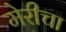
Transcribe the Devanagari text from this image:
मेरीचा